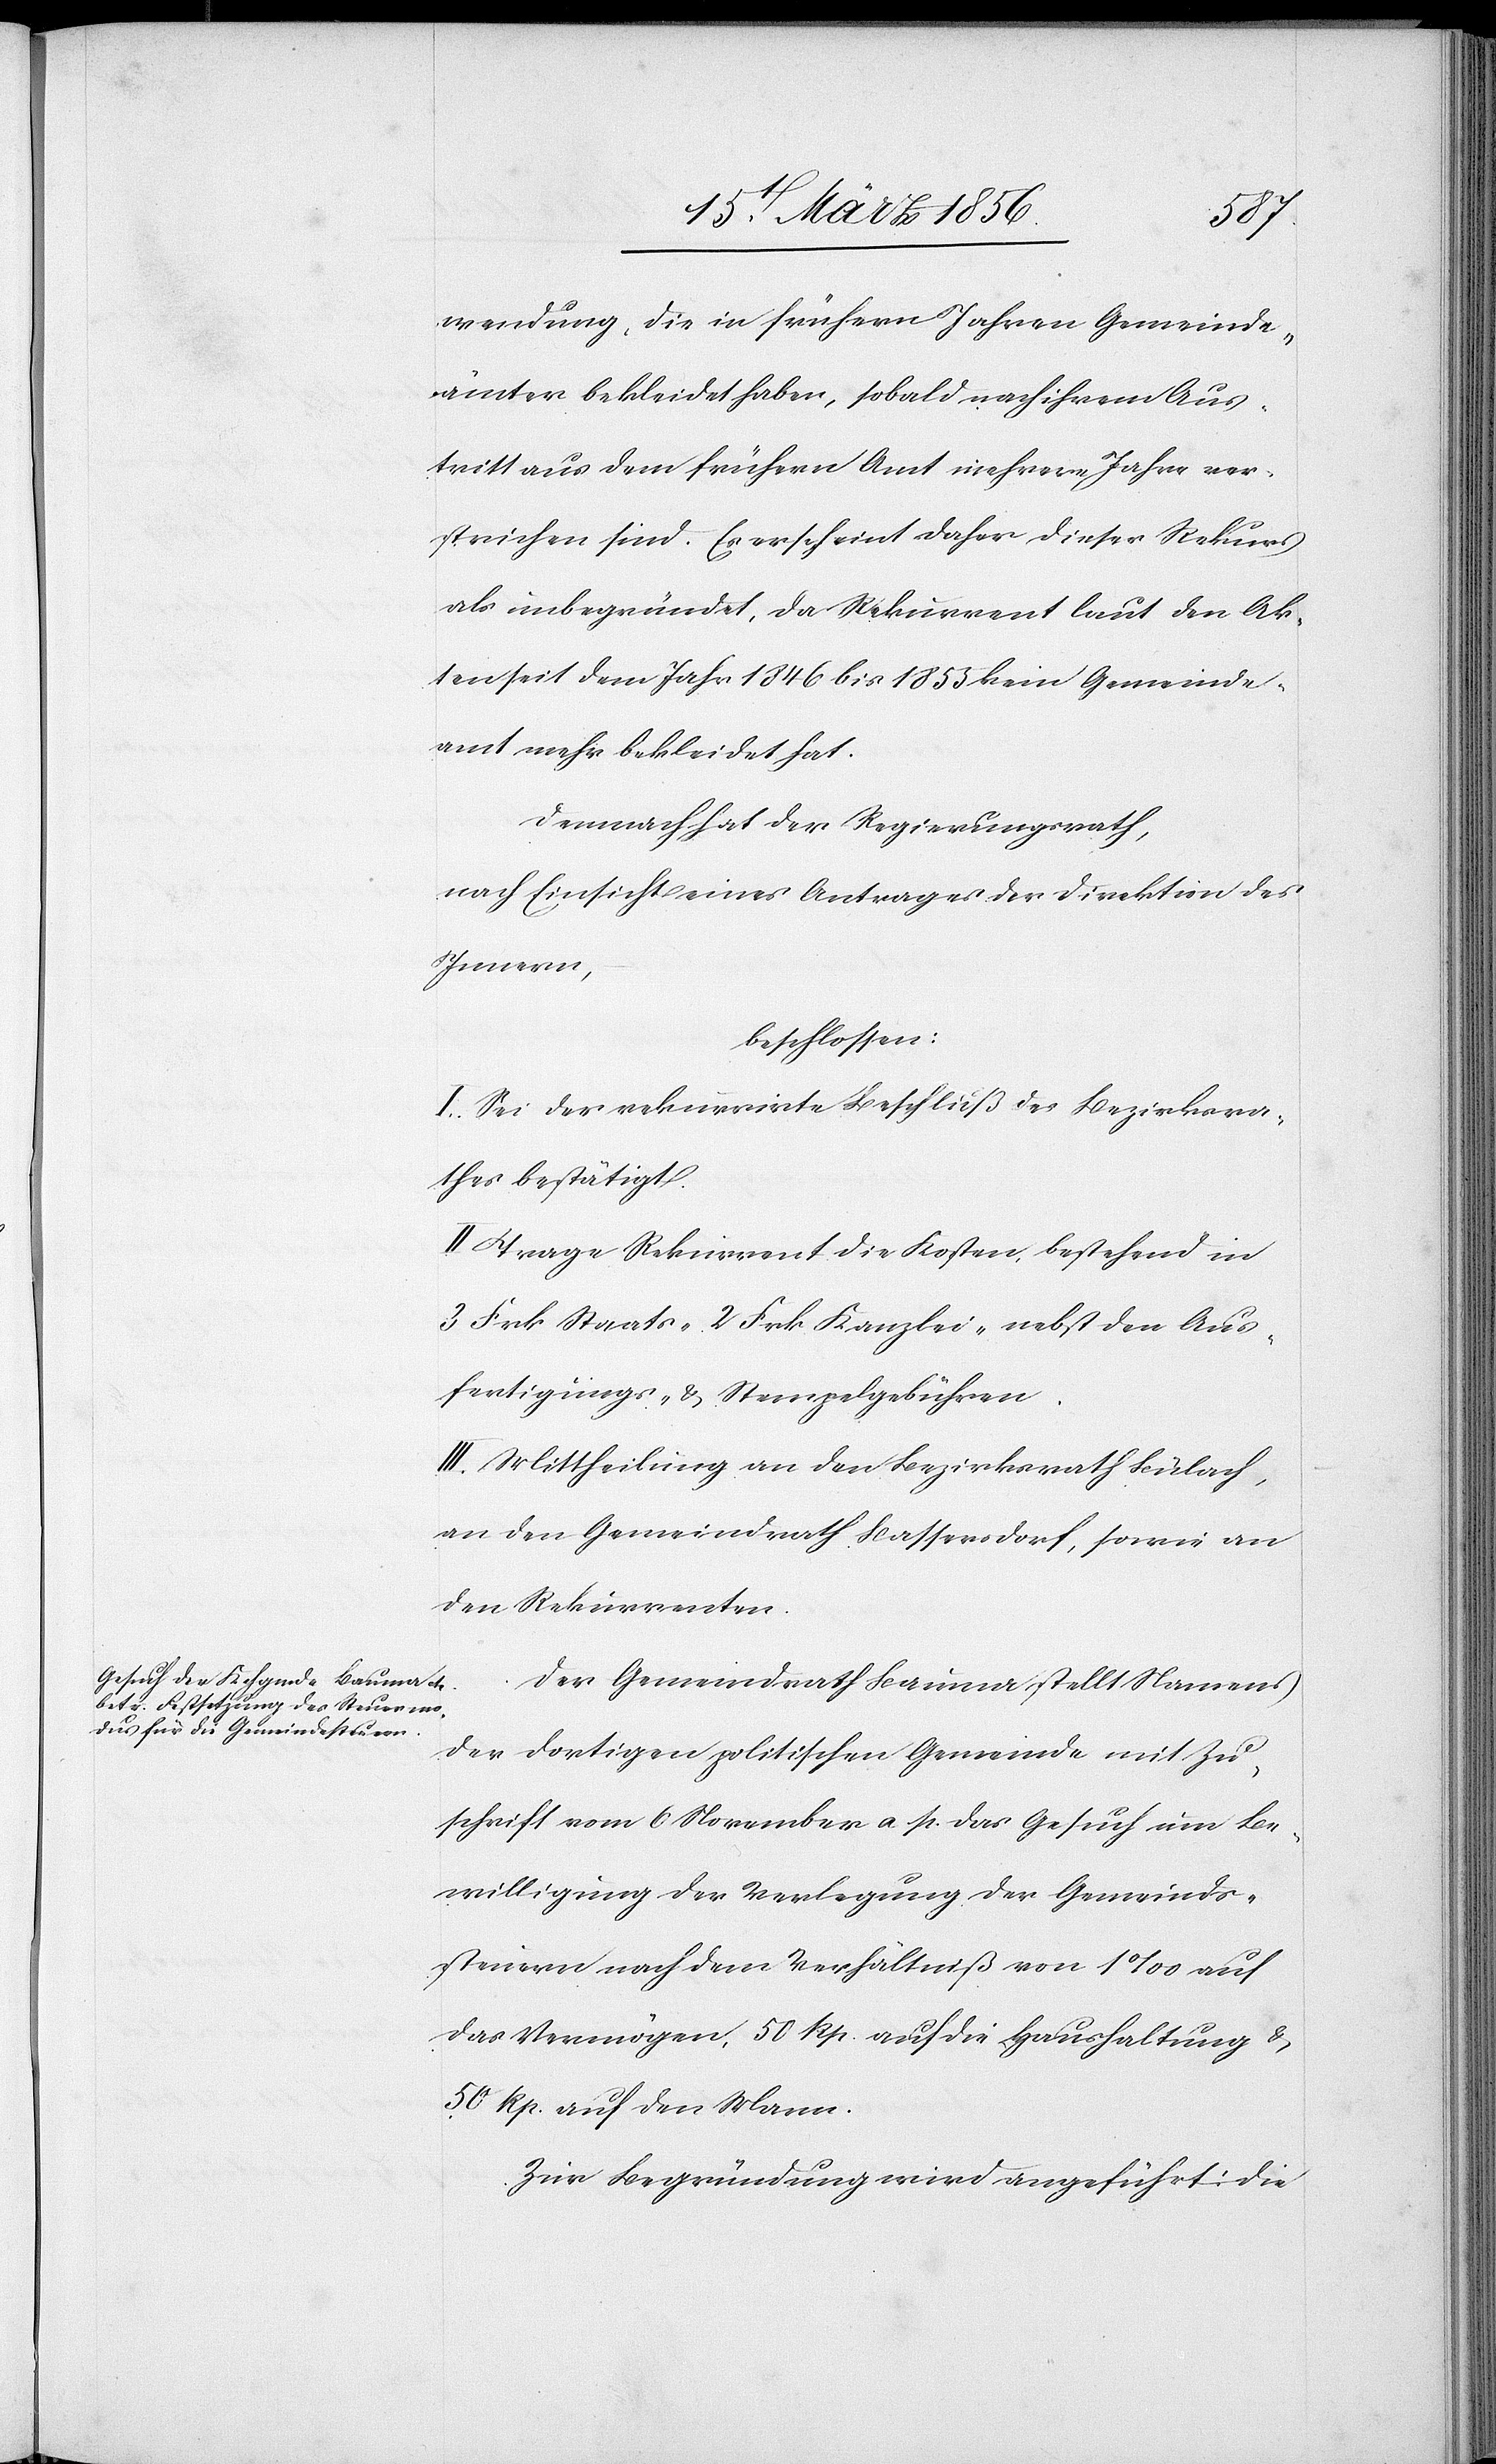
wendung, die in frühern Jahren Gemeinde¬
ämter bekleidet haben, sobald nach ihrem Aus¬
tritt aus dem frühern Amt mehrere Jahre ver¬
strichen sind. Es erscheint daher dieses Rekurs
als unbegründet, da Rekurrent laut den Ak¬
ten seit dem Jahr 1846 bis 1853 kein Gemeinde¬
amt mehr bekleidet hat.
Demnach hat der Regierungsrath,
nach Einsicht eines Antrages der Direktion des
Innern,
beschlossen:
I. Sei der rekurrirte Beschluß des Bezirksra¬
thes bestätigt.
II. Trage Rekurrent die Kosten, bestehend in
3 Frk Staats- [,] 2 Frk Kanzlei- nebst den Aus¬
fertigungs- & Stempelgebühren.
III. Mittheilung an den Bezirksrath Bülach,
an den Gemeindrath Bassersdorf, sowie an
den Rekurrenten.
Der Gemeindrath Bauma stellt Namens
der dortigen politischen Gemeinde mit Zu¬
schrift vom 6 November a. p. das Gesuch um Be¬
willigung der Verlegung der Gemeinds¬
steuern nach dem Verhältniß von 1‰ auf
das Vermögen, 50 Rp. auf die Haushaltung &
50 Rp. auf den Mann.
Zur Begründung wird angeführt: Die